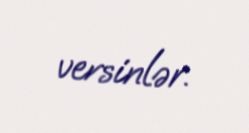
versinlər.